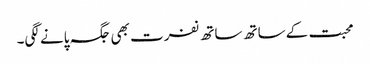
محبت کے ساتھ ساتھ نفرت بھی جگہ پانے لگی۔